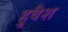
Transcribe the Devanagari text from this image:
हुवैश